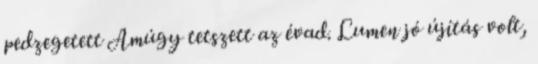
pedzegetett Amúgy tetszett az évad. Lumen jó újítás volt,